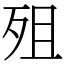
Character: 殂